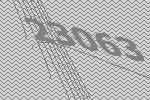
23063